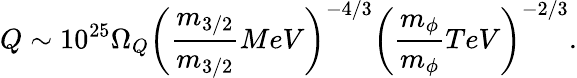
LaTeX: Q\sim 10^{25}\Omega_{Q}\left(\frac{m_{3/2}}{m_{3/2}}{MeV}\right)^{-4/3}\left(\frac{m_{\phi}}{m_{\phi}}{TeV}\right)^{-2/3}.